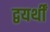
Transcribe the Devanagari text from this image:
द्वयर्थीं